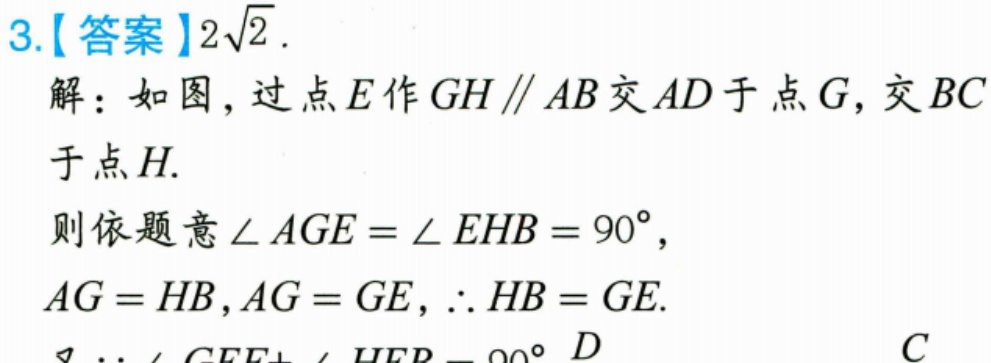
3.【答案】\(2\sqrt{2}\).
解：如图，过点\(E\)作\(GH\parallel AB\)交\(AD\)于点\(G\)，交\(BC\)
于点\(H\).
则依题意\(\angle AGE=\angle EHB = 90^{\circ}\)，
\(AG = HB\)，\(AG = GE\)，\(\therefore HB = GE\).